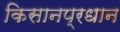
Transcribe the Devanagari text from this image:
किसानप्रधान